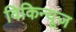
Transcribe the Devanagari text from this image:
विकिन्यूज़